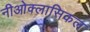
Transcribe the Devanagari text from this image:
नीओक्लासिकल